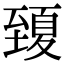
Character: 𦥍